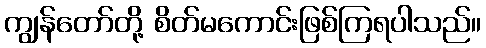
ကျွန်တော်တို့ စိတ်မကောင်းဖြစ်ကြရပါသည်။